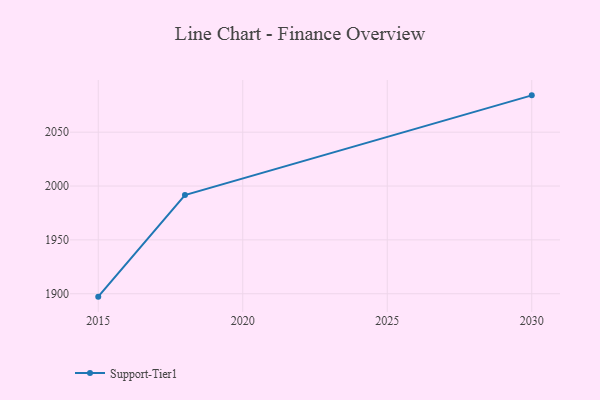
{"axis": {"x": "Year", "y": "Page Views"}, "legend": ["Support-Tier1"], "data": [{"x": "2030", "y": 2084.2, "type": "Support-Tier1"}, {"x": "2018", "y": 1991.6, "type": "Support-Tier1"}, {"x": "2015", "y": 1897.3, "type": "Support-Tier1"}]}